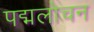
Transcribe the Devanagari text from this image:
पद्मलोचन